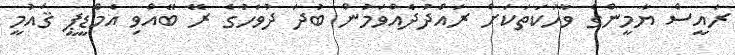
ރައީސް ޔާމީންގެ ވާހަކަތަކަށް ރައްދުދެއްވަމުން ބުދަ ދުވަހުގެ ރޭ ބޭއްވި އެމްޑީޕީ ޤައުމީ